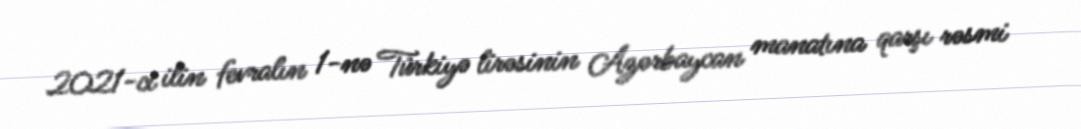
2021-ci ilin fevralın 1-nə Türkiyə lirəsinin Azərbaycan manatına qarşı rəsmi